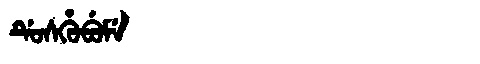
Manchu: ᡩᡠᠰᡥᡠᠪᡠᠮᡝ
Romanization: DUSHUBUME